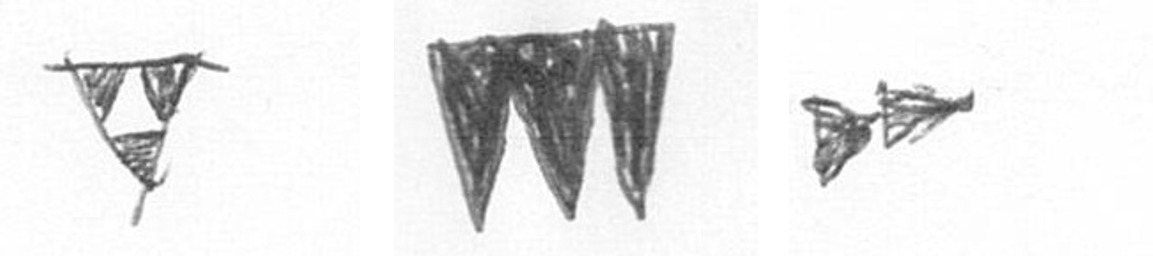
S L A